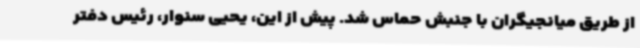
از طریق میانجیگران با جنبش حماس شد. پیش از این، یحیی سنوار، رئیس دفتر